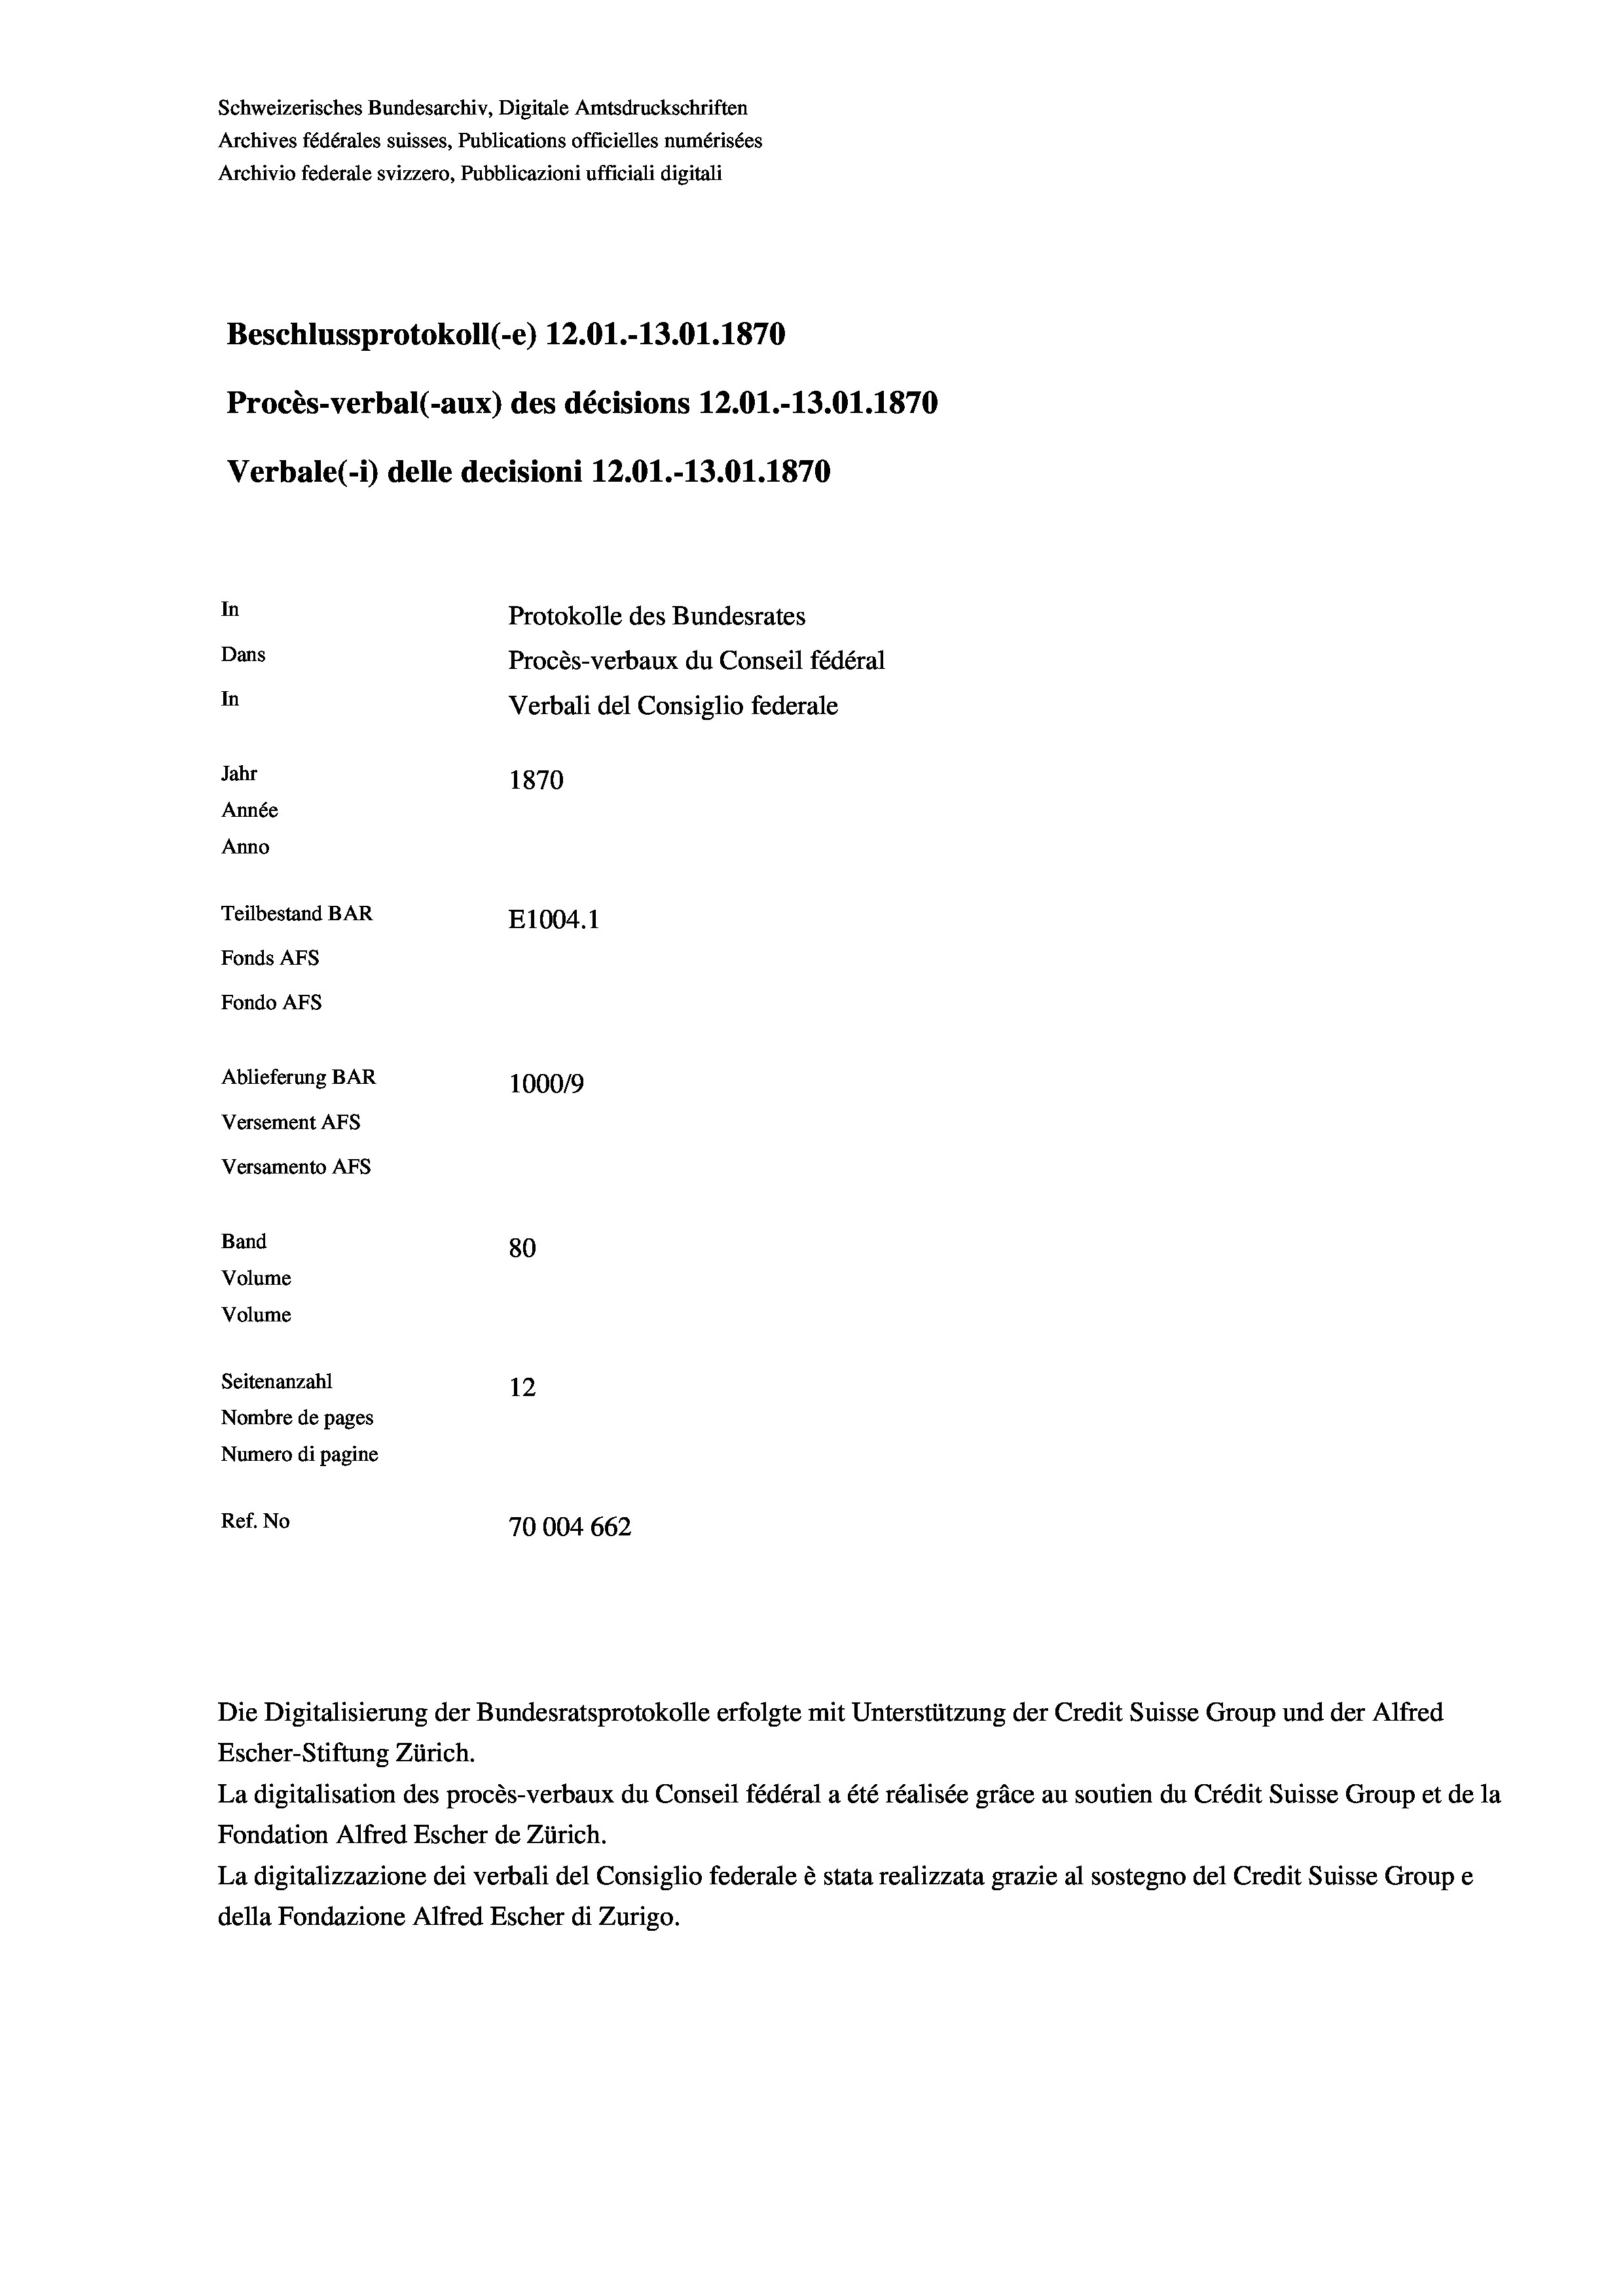
Schweizerisches Bundesarchiv, Digitale Amtsdruckschriften
Archives fédérales suisses, Publications officielles numérisées
Archivio federale svizzero, Pubblicazioni ufficiali digitali
Beschlussprotokoll (-e) 12.01.-13.01. 1870
Procès-verbal (-aux) des décisions 12.01.-13.01. 1870
Verbale(-*) delle decisioni 12.01.-13.01. 1870
In
Protokolle des Bundesrates
Dans
Procès-verbaux du Conseil fédéral
In
Verbali del Consiglio federale
Jahr
1870
Année
Anno
Teilbestand BAR
E1004.1
Fonds AFs
Fondo AFS
Ablieferung BAR
100019
Versement AFs
Versamento AFs
Band
80
Volume
Volume
Seitenanzahl
12
Nombre de pages
Numero di pagine
Ref. No
70004 662

Escher-Stiftung Zürich.
La digitalisation des procès-verbaux du Conseil fédéral a été réalisée gräce au soutien du Crédit Suisse Group et de la
Fondation Alfred Escher de Zürich.
La digitalizzazione dei verbali del Consiglio federale è stata realizzata grazie al sostegno del Credit Suisse Groupe
della Fondazione Alfred Escher di Zurigo.

Die Digitalisierung der Bundesratsprotokolle erfolgte mit Unterstützung der Credit Suisse Group und der Alfred